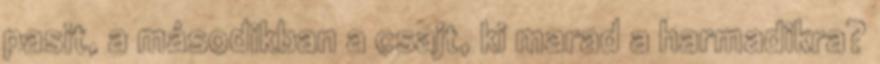
pasit, a másodikban a csajt, ki marad a harmadikra?